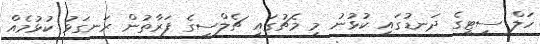
ހަލް ސިޓީގެ ދަނޑުގައި ކުޅުނު މި މެޗުގައި ޗެލްސީގެ ފަރާތުން ރަނގަޅު ކުޅުމެއް